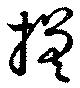
搓